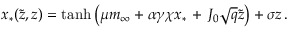
x _ { * } ( \tilde { z } , z ) = \mathrm { t a n h } \left( \mu m _ { \infty } + \alpha \gamma \chi x _ { * } \, + \, J _ { 0 } \sqrt { q } \tilde { z } \right) + \sigma z \, .